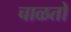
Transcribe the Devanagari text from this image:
चाळतो